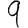
Digit: 9